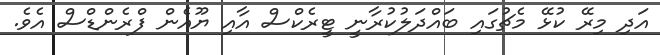
އަދި މިރޭ ކުޅޭ މެޗުގައި ބައްދަލުކުރާނީ ޓީރެކްސް އާއި ޔޫއެން ފްރެންޑްސް އެވެ.